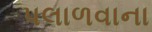
પલાળવાના